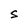
Character: s